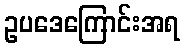
ဥပဒေကြောင်းအရ